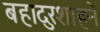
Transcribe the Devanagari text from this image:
बहादुरशाहने